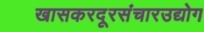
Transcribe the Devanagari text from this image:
खासकरदूरसंचारउद्योग